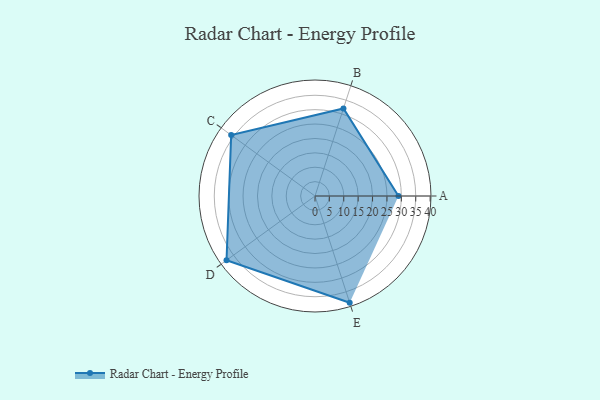
{"axis": {"x": "Skill", "y": "Score"}, "legend": ["Profile"], "data": [{"x": "A", "y": 29.0, "type": "Profile"}, {"x": "B", "y": 32.0, "type": "Profile"}, {"x": "C", "y": 36.0, "type": "Profile"}, {"x": "D", "y": 38.0, "type": "Profile"}, {"x": "E", "y": 39.0, "type": "Profile"}]}